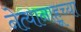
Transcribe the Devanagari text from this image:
नेत्यानाहूच्या